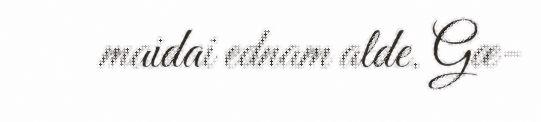
maidai ednam alde. Gæ-